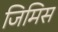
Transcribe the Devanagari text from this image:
जिमिस